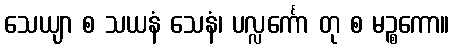
သေယျာ စ သယနံ သေနံ၊ ပလ္လင်္ကော တု စ မဉ္စကော။